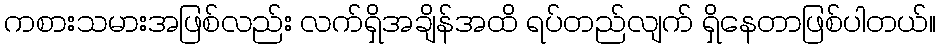
ကစားသမားအဖြစ်လည်း လက်ရှိအချိန်အထိ ရပ်တည်လျက် ရှိနေတာဖြစ်ပါတယ်။